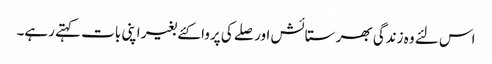
اس لئے وہ زندگی بھر ستائش اور صلے کی پروا کئے بغیر اپنی بات کہتے رہے۔